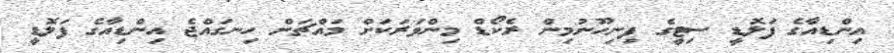
އިންޑިއާގެ ފަލޮޑީ ސިޓީގެ ފިނިހޫނުމިން ރެކޯޑް މިންވަރަކަށް މައްޗަށް ހިނގައްޖެ އިންޑިއާގެ ފަލޮޑީ